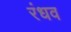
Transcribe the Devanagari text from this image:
रंधव